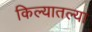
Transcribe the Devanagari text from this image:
किल्यातल्या